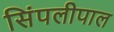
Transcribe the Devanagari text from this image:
सिंपलीपाल